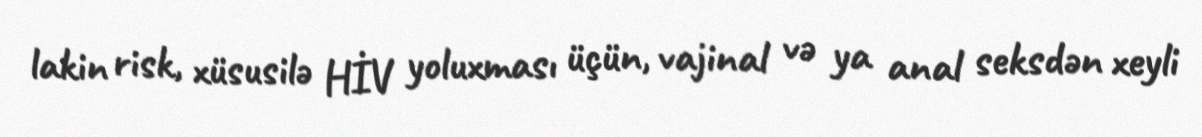
lakin risk, xüsusilə HİV yoluxması üçün, vajinal və ya anal seksdən xeyli